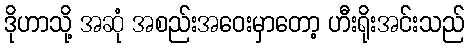
ဒိုဟာသို့ အဆုံ အစည်းအဝေးမှာတော့ ဟီးရိုးအင်းသည်